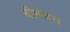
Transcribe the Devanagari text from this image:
बीनोक्स